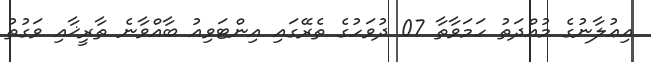
އިޢުލާނުގެ މުއްދަތު ހަމަވާތާ 07 ދުވަހުގެ ތެރޭގައި އިންޓަވިއު ބާއްވާނެ ތާރީޚާއި ވަގުތު